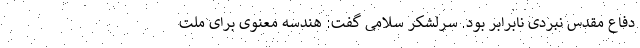
دفاع مقدس نبردی نابرابر بود. سرلشکر سلامی گفت: هندسه معنوی برای ملت